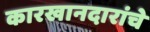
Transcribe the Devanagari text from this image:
कारखानदारांचे